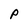
Character: P